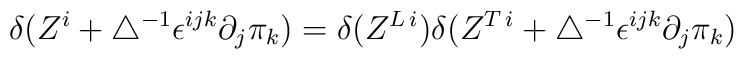
\delta(Z^i+\bigtriangleup^{-1}\epsilon^{ijk}\partial_j \pi_k) =\delta(Z^{L\,i})\delta(Z^{T\,i}+\bigtriangleup^{-1}\epsilon^{ijk}\partial_j\pi_k)